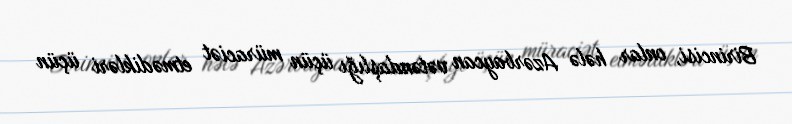
Birincisi, onlar hələ Azərbaycan vətəndaşlığı üçün müraciət etmədikləri üçün